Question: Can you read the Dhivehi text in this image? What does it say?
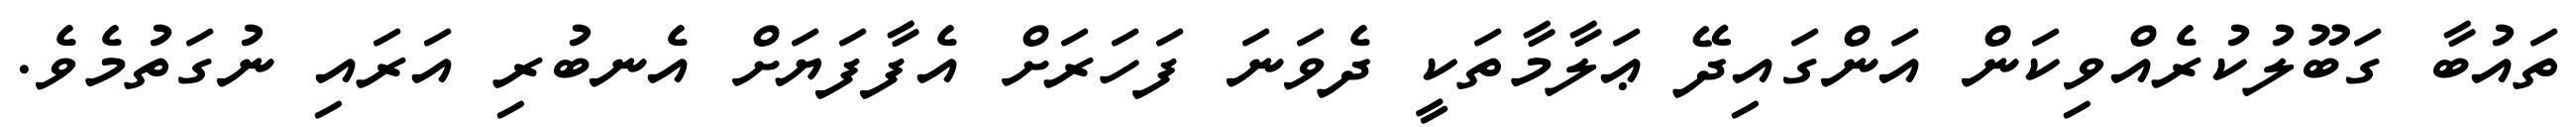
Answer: ތައުބާ ގަބޫލުކުރެއްވިކަން އަންގައިދޭ ޢަލާމާތަކީ ދެވަނަ ފަހަރަށް އެފާފަޔަށް އެނބުރި އަރައި ނުގަތުމެވެ.